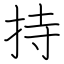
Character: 持